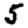
Digit: 5